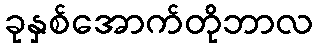
ခုနှစ်အောက်တိုဘာလ